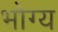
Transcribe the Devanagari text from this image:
भोग्‍य